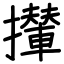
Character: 攆